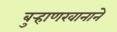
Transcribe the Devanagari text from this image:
बुर्‍हाणखानाने